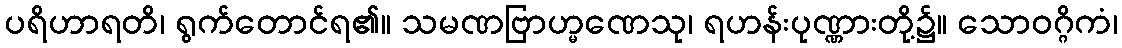
ပရိဟာရတိ၊ ရွက်တောင်ရ၏။ သမဏဗြာဟ္မဏေသု၊ ရဟန်းပုဏ္ဏားတို့၌။ သောဝဂ္ဂိကံ၊